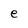
Character: e